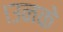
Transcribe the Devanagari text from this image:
।उनके